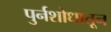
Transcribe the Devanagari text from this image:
पुर्नशोधातून